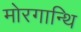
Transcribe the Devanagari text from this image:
मोरगान्थि